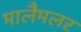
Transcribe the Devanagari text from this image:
मालैमलर